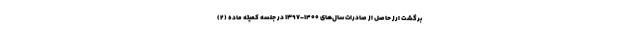
برگشت ارز حاصل از صادرات سال‌های ۱۴۰۰-۱۳۹۷ در جلسه کمیته ماده (۲)